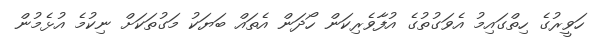
ހަވީރުގެ ހިތްގައިމު އެވަގުތުގެ އުފާވެރިކަން ހޯދަން އެތައް ބަޔަކު މަގުތަކަށް ނިކުމެ އުޅެމުން